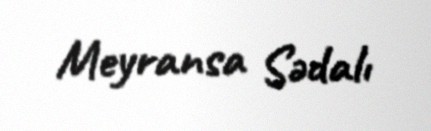
Meyransa Sədalı